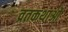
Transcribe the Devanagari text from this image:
व्रतकथाओं